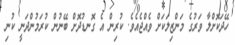
ހޭދަކޮށްލާ ވަރުގެ މަންޒިލަކަށް ވެއްޖެއެވެ. ކުރިން އެ ގޮނޑުދޮށް ބޭނުން ކުރަމުންދަނީ ކުނި